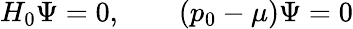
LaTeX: H_{0}\Psi=0,\qquad(p_{0}-\mu)\Psi=0